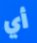
أي